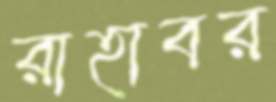
রাহাবর